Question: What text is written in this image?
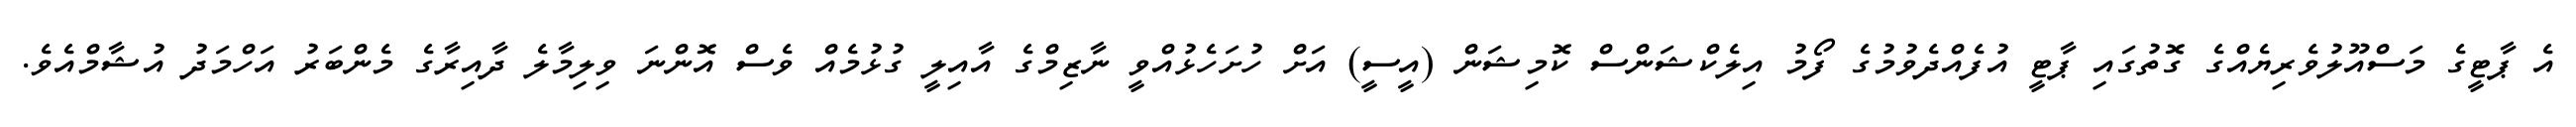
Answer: އެ ޕާޓީގެ މަސްއޫލުވެރިޔެއްގެ ގޮތުގައި ޕާޓީ އުފެއްދެވުމުގެ ފޯމު އިލެކްޝަންސް ކޮމިޝަން (އީސީ) އަށް ހުށަހެޅުއްވީ ނާޒިމްގެ އާއިލީ ގުޅުމެއް ވެސް އޮންނަ ވިލިމާލެ ދާއިރާގެ މެންބަރު އަހްމަދު އުޝާމްއެވެ.